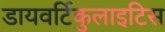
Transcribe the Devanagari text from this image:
डायवर्टिकुलाइटिस